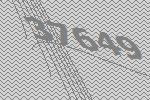
37649